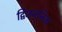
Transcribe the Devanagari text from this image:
द्विजननिक